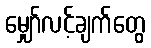
မျှော်လင့်ချက်တွေ